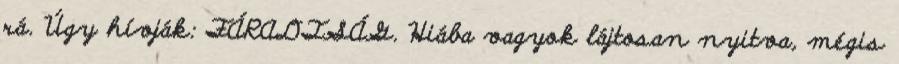
rá. Úgy hívják: FÁRADTSÁG. Hiába vagyok lájtosan nyitva, mégis